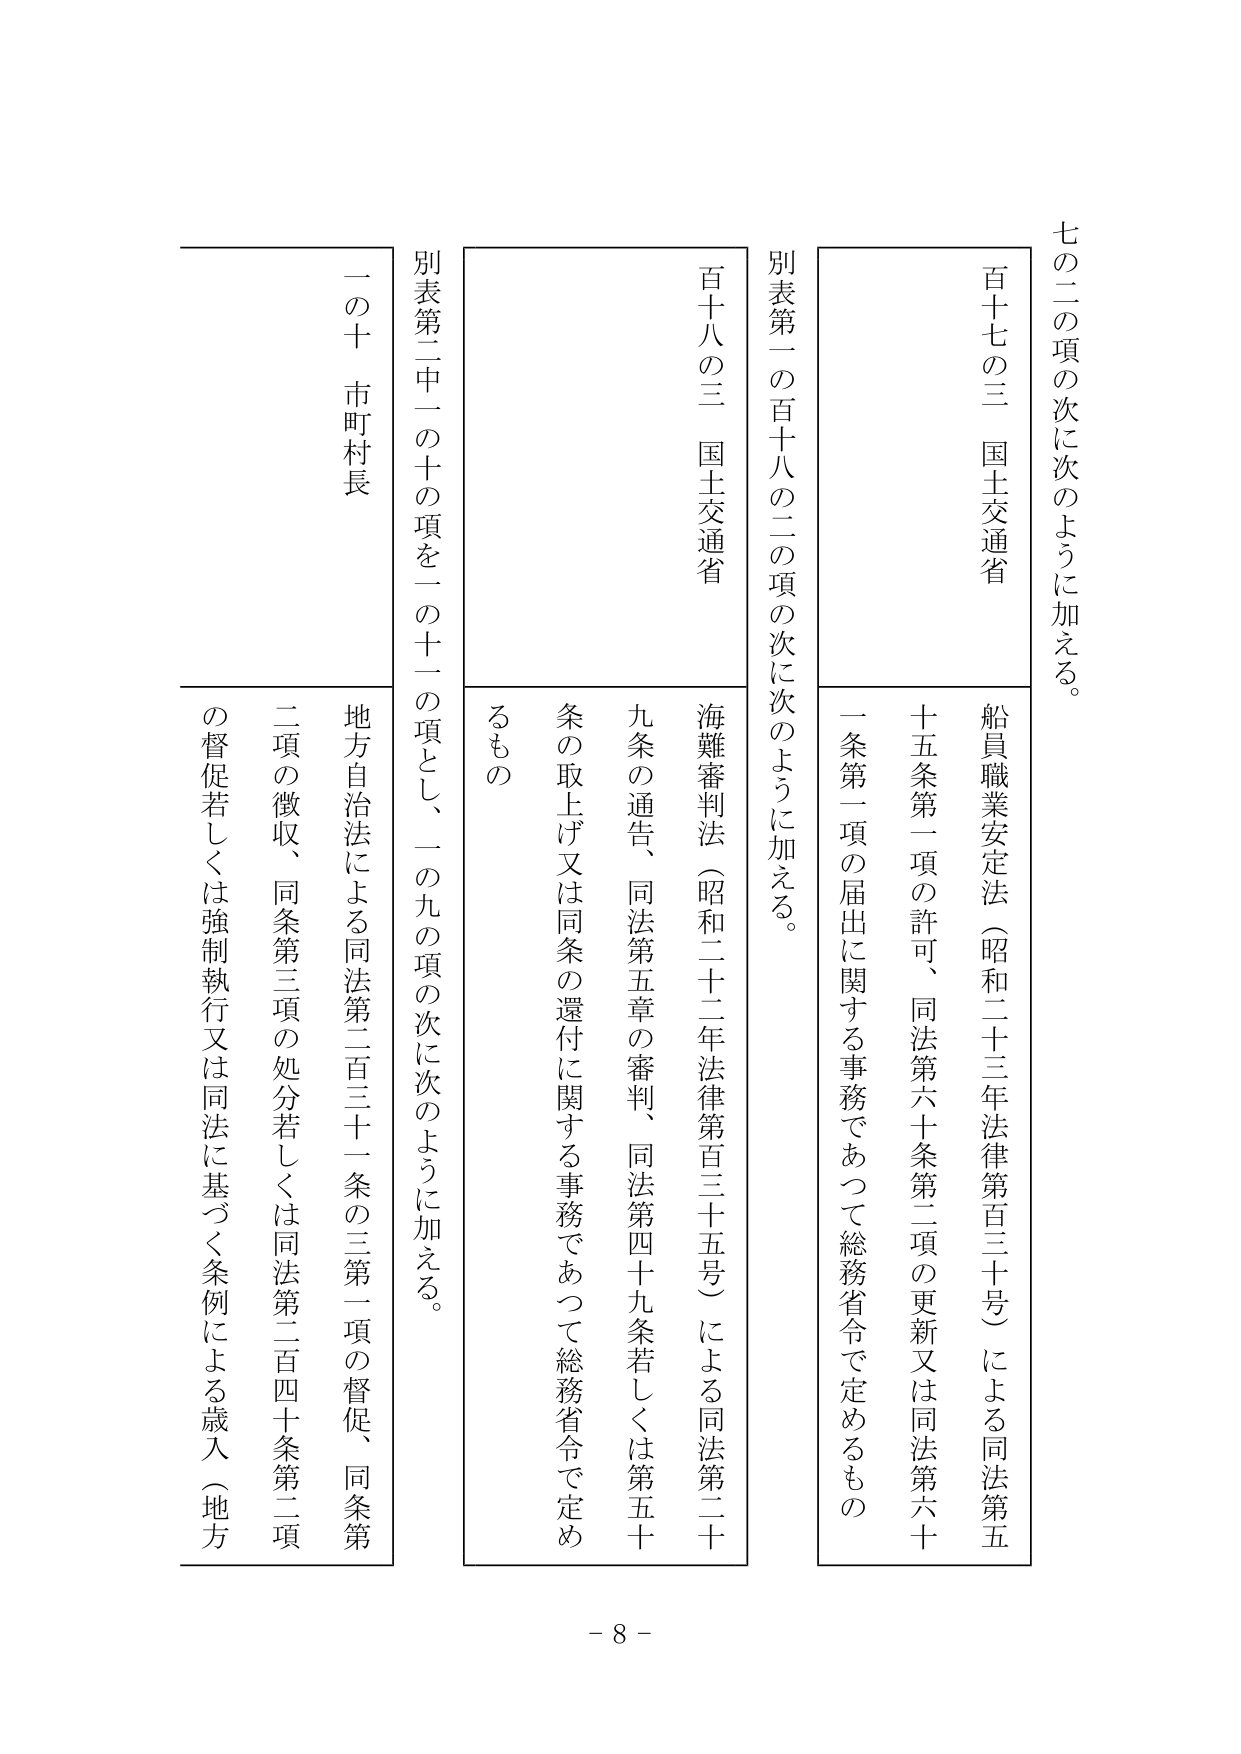
七の二の項の次に次のように加える。

百十七の三 国土交通省
船員職業安定法（昭和二十三年法律第百三十号）による同法第十五条第一項の許可、同法第六十条第二項の更新又は同法第六十一条第一項の届出に関する事務であつて総務省令で定めるもの

別表第一の百十八の二の項の次に次のように加える。

百十八の三 国土交通省
海難審判法（昭和二十二年法律第百三十五号）による同法第二十九条の通告、同法第五章の審判、同法第四十九条若しくは第五十条の取上げ又は同条の還付に関する事務であつて総務省令で定めるもの

別表第二中一の十の項を一の十一の項とし、一の九の項の次に次のように加える。

一の十 市町村長
地方自治法による同法第二百三十一条の三第一項の督促、同条第二項の徴収、同条第三項の処分若しくは同法第二百四十条第二項の督促若しくは強制執行又は同法に基づく条例による歳入（地方

- 8 -